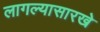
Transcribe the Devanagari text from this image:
लागल्यासारखे